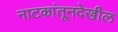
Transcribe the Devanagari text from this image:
नाटकांतूनदेखील